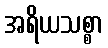
အရိယသစ္စာ